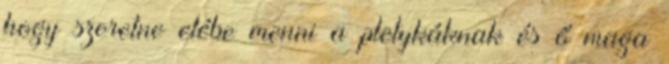
hogy szeretne elébe menni a pletykáknak és ő maga